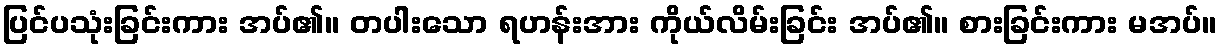
ပြင်ပသုံးခြင်းကား အပ်၏။ တပါးသော ရဟန်းအား ကိုယ်လိမ်းခြင်း အပ်၏။ စားခြင်းကား မအပ်။